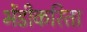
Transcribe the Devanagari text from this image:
भेंडीकरिता